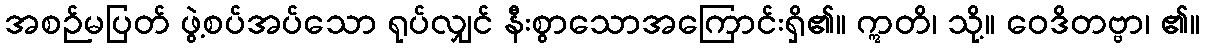
အစဉ်မပြတ် ဖွဲ့စပ်အပ်သော ရုပ်လျှင် နီးစွာသောအကြောင်းရှိ၏။ ဣတိ၊ သို့။ ဝေဒိတဗ္ဗာ၊ ၏။